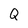
Character: Q